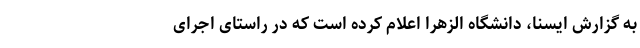
به گزارش ایسنا، دانشگاه الزهرا اعلام کرده است که در راستای اجرای